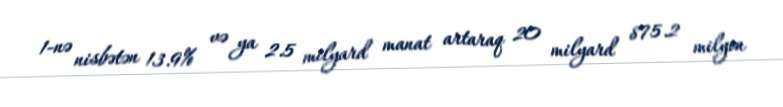
1-nə nisbətən 13.9% və ya 2.5 milyard manat artaraq 20 milyard 875.2 milyon